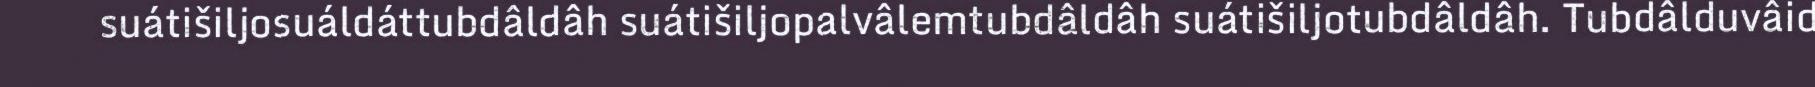
suátišiljosuáldáttubdâldâh suátišiljopalvâlemtubdâldâh suátišiljotubdâldâh. Tubdâlduvâid